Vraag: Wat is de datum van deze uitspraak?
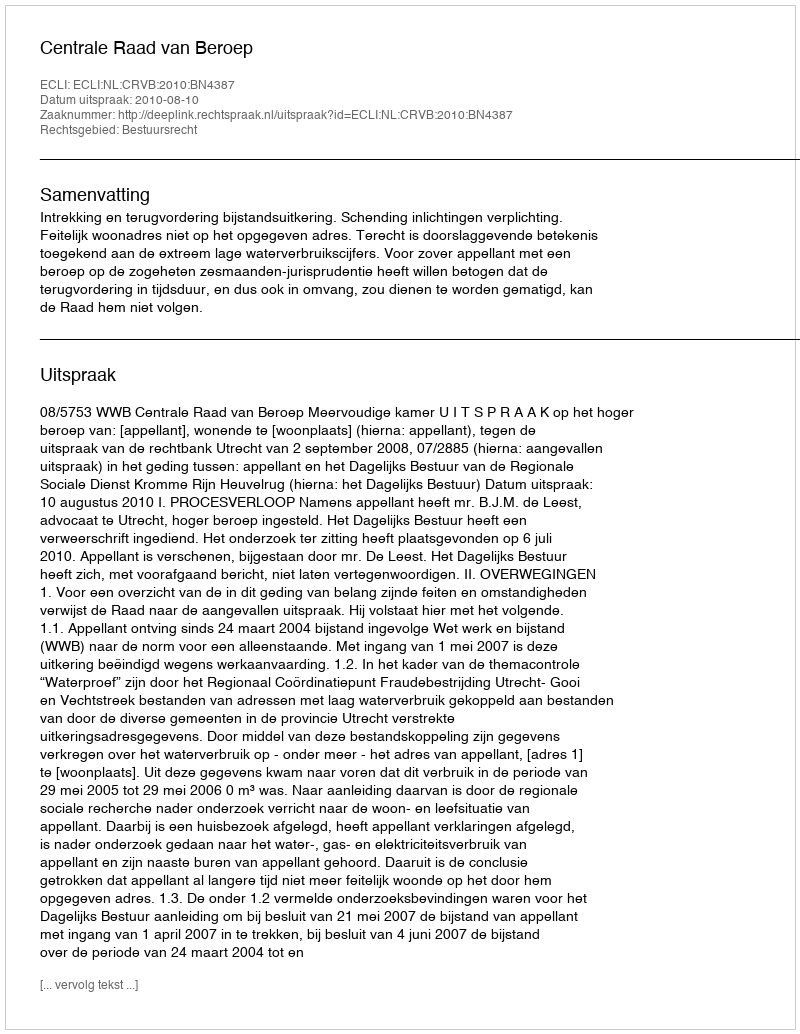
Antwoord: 2010-08-10